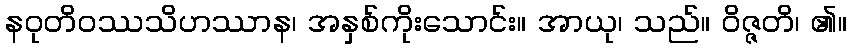
နဝုတိဝဿသိဟဿာန၊ အနှစ်ကိုးသောင်း။ အာယု၊ သည်။ ဝိဇ္ဇတိ၊ ၏။